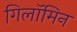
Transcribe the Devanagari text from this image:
गिलॉमिन